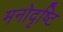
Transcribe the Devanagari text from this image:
मनोदृष्टि